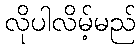
လိုပါလိမ့်မည်